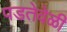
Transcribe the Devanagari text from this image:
पडतेवेळी